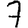
Digit: 7